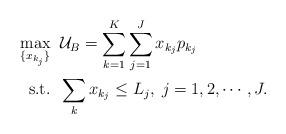
LaTeX: \begin{align*}\max_{\{x_{k_j}\}} &\;\; \mathcal{U}_B=\sum_{k=1}^K \sum_{j=1}^J x_{k_j} p_{k_j} \\\mbox{s.t.} &\;\; \sum_k x_{k_{j}} \leq L_j, \; j=1,2,\cdots,J. \end{align*}